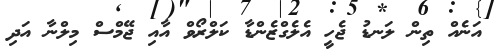
އަނެއް ތިން ލަނޑު ޖެހީ އެލެގްޒެންޑާ ކަލްރޯވް އާއި ޖޭމްސް މިލްނާ އަދި